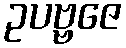
ဥပဗ္ဗဇေ